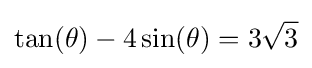
\tan(\theta )-4\sin(\theta )=3{\sqrt {3}}